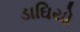
ડાઘિયો